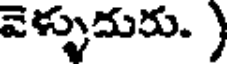
వెళ్ళుదురు. )